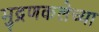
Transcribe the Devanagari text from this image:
मुद्रणकलेच्या